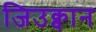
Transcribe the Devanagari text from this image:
जिउक्वान